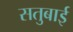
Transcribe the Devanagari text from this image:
सतुबाई